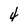
Character: 4